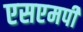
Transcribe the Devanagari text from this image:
एसएमपी